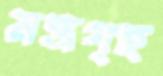
মন্ত্রগৃহ